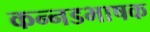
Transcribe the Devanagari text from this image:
कन्‍नडभाषक